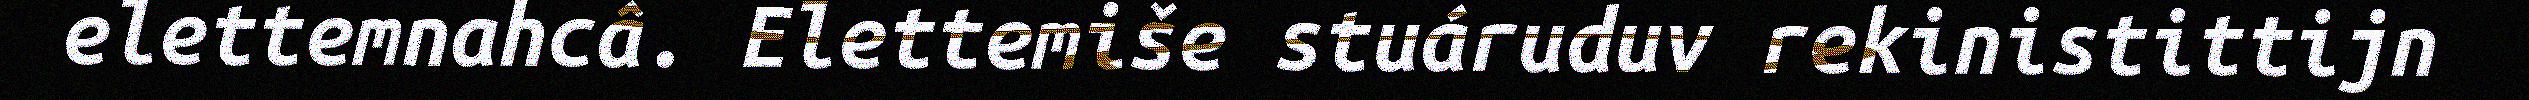
elettemnahcâ. Elettemiše stuáruduv rekinistittijn